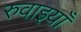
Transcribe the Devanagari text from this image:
रुवाइयाँ